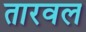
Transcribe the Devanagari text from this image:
तारवल